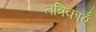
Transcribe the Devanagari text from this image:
तत्रिकाएँ